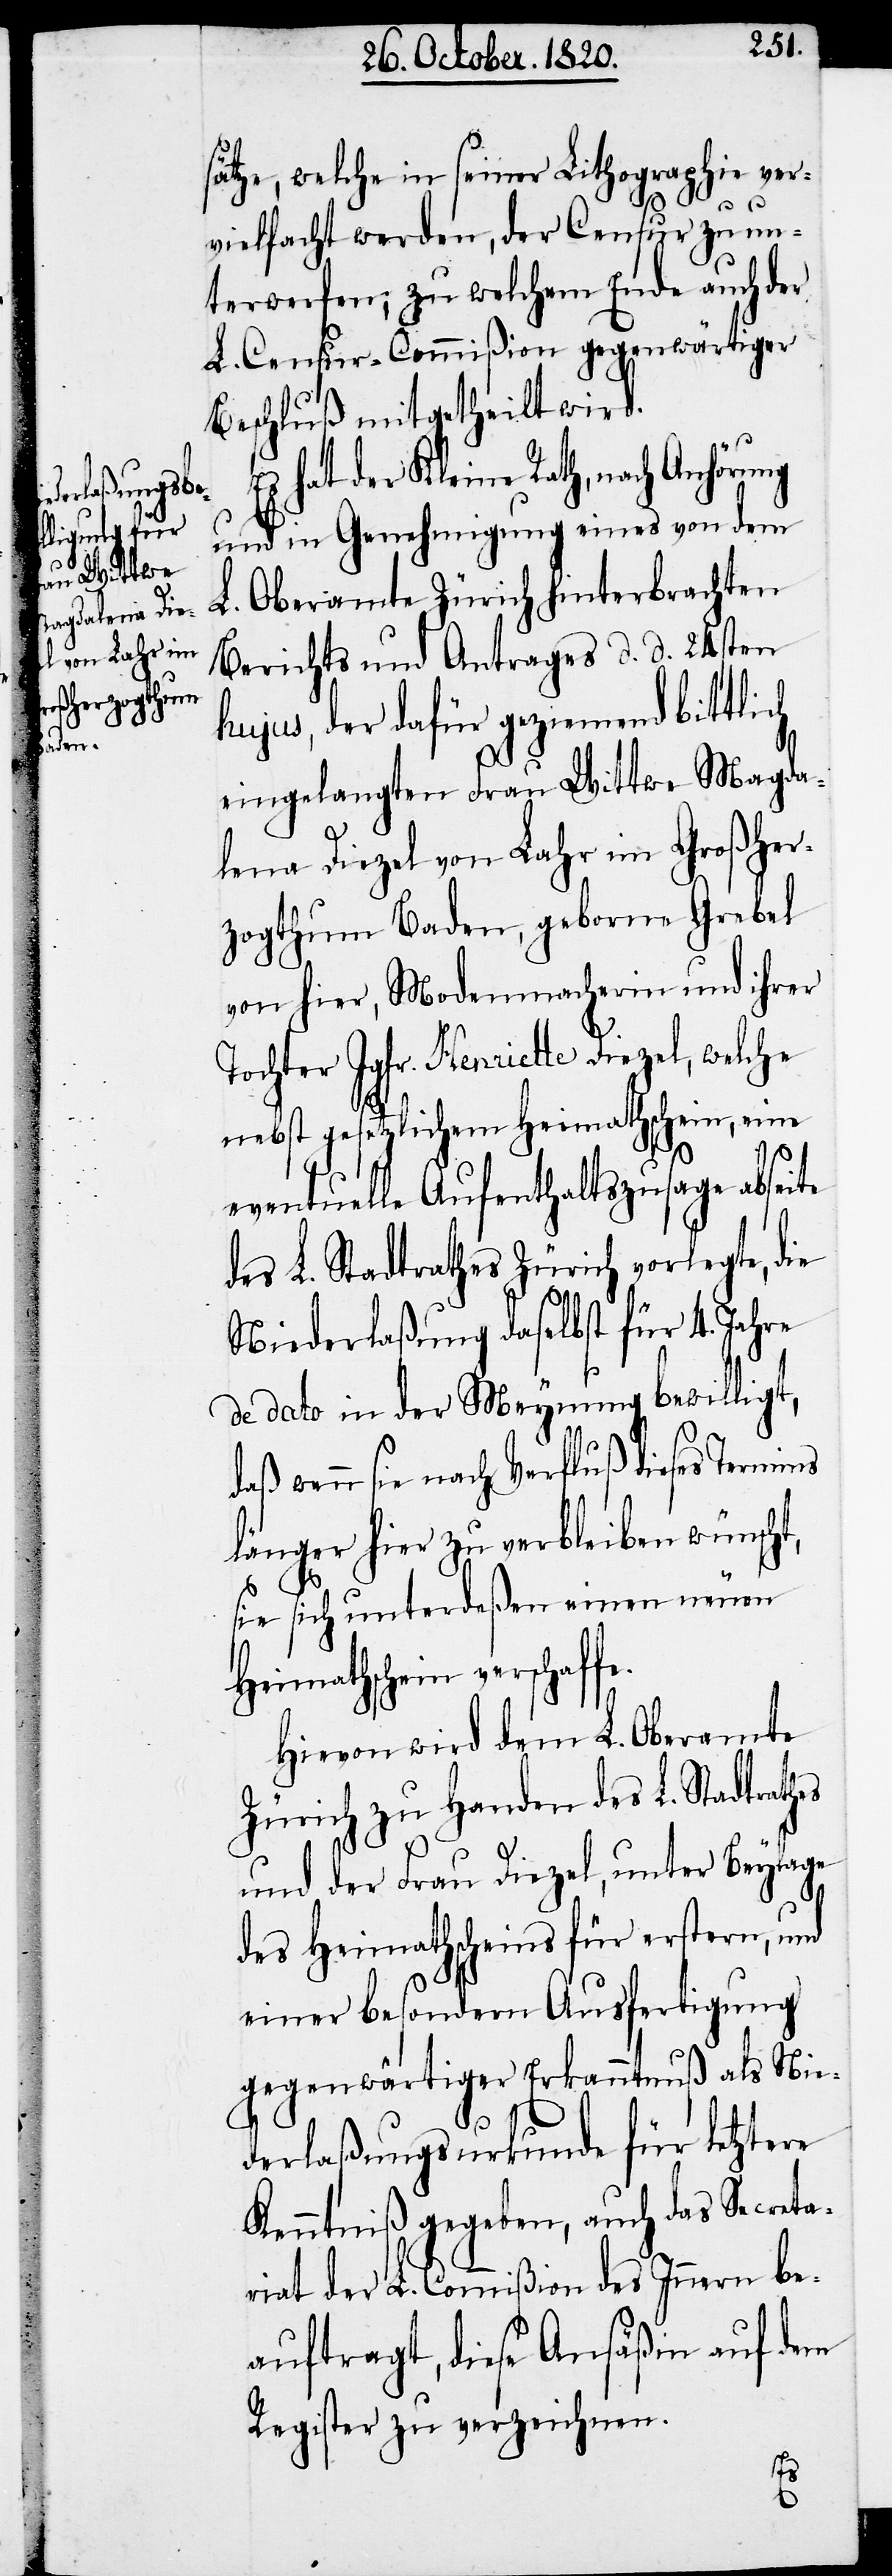
sätze, welche in seiner Lithographie ver¬
vielfacht werden, der Censur zu un¬
terwerfen; zu welchem Ende auch der
L. Censur-Commißion gegenwärtiger
Beschluß mitgetheilt wird.
Es hat der Kleine Rath, nach Anhörung
und in Genehmigung eines von dem
Oberamte Zürich hinterbrachten
L.
Berichts und Antrages d. d. 24sten
hujus, der dafür geziemend bittlich
eingelangten Frau Wittwe Magda¬
lena Diezel von Fahr im Großher¬
zogthum Baden, geborne Grebel
von hier, Modenmacherin und ihrer
Tochter Jgfr. Henriette Diezel, welche
nebst gesetzlichem Heimathschein, eine
eventuelle Aufenthaltszusage abseite
des L. Stadtrathes Zürich vorlegte, die
Niederlaßung daselbst für 4. Jahre
de dato in der Meynung bewilligt,
daß wenn sie nach Verfluß dieses Termins
länger hier zu verbleiben wünscht,
sie sich unterdeßen einen neuen
Heimathschein verschaf¬
Hievon wird dem L. Oberamte
Zürich zu Handen des L. Stadtrathes
und der Frau Diezel, unter Beylage
des Heimathschein für erstern, und
einer besondern Ausfertigung
gegenwärtiger Erkanntnuß als Nie¬
derlaßungsurkunde für letztere
Kenntniß gegeben, auch das Secreta¬
riat der L. Commißion des Innern be¬
auftragt, diese Ansäßin auf dem
Register zu verzeichnen.
fe.